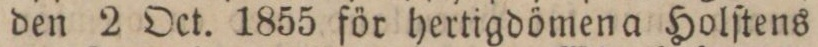
den 2 Oct. 1855 för hertigdömen a Holſtens